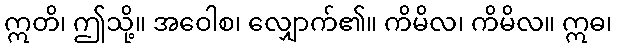
ဣတိ၊ ဤသို့။ အဝေါစ၊ လျှောက်၏။ ကိမိလ၊ ကိမိလ။ ဣဓ၊